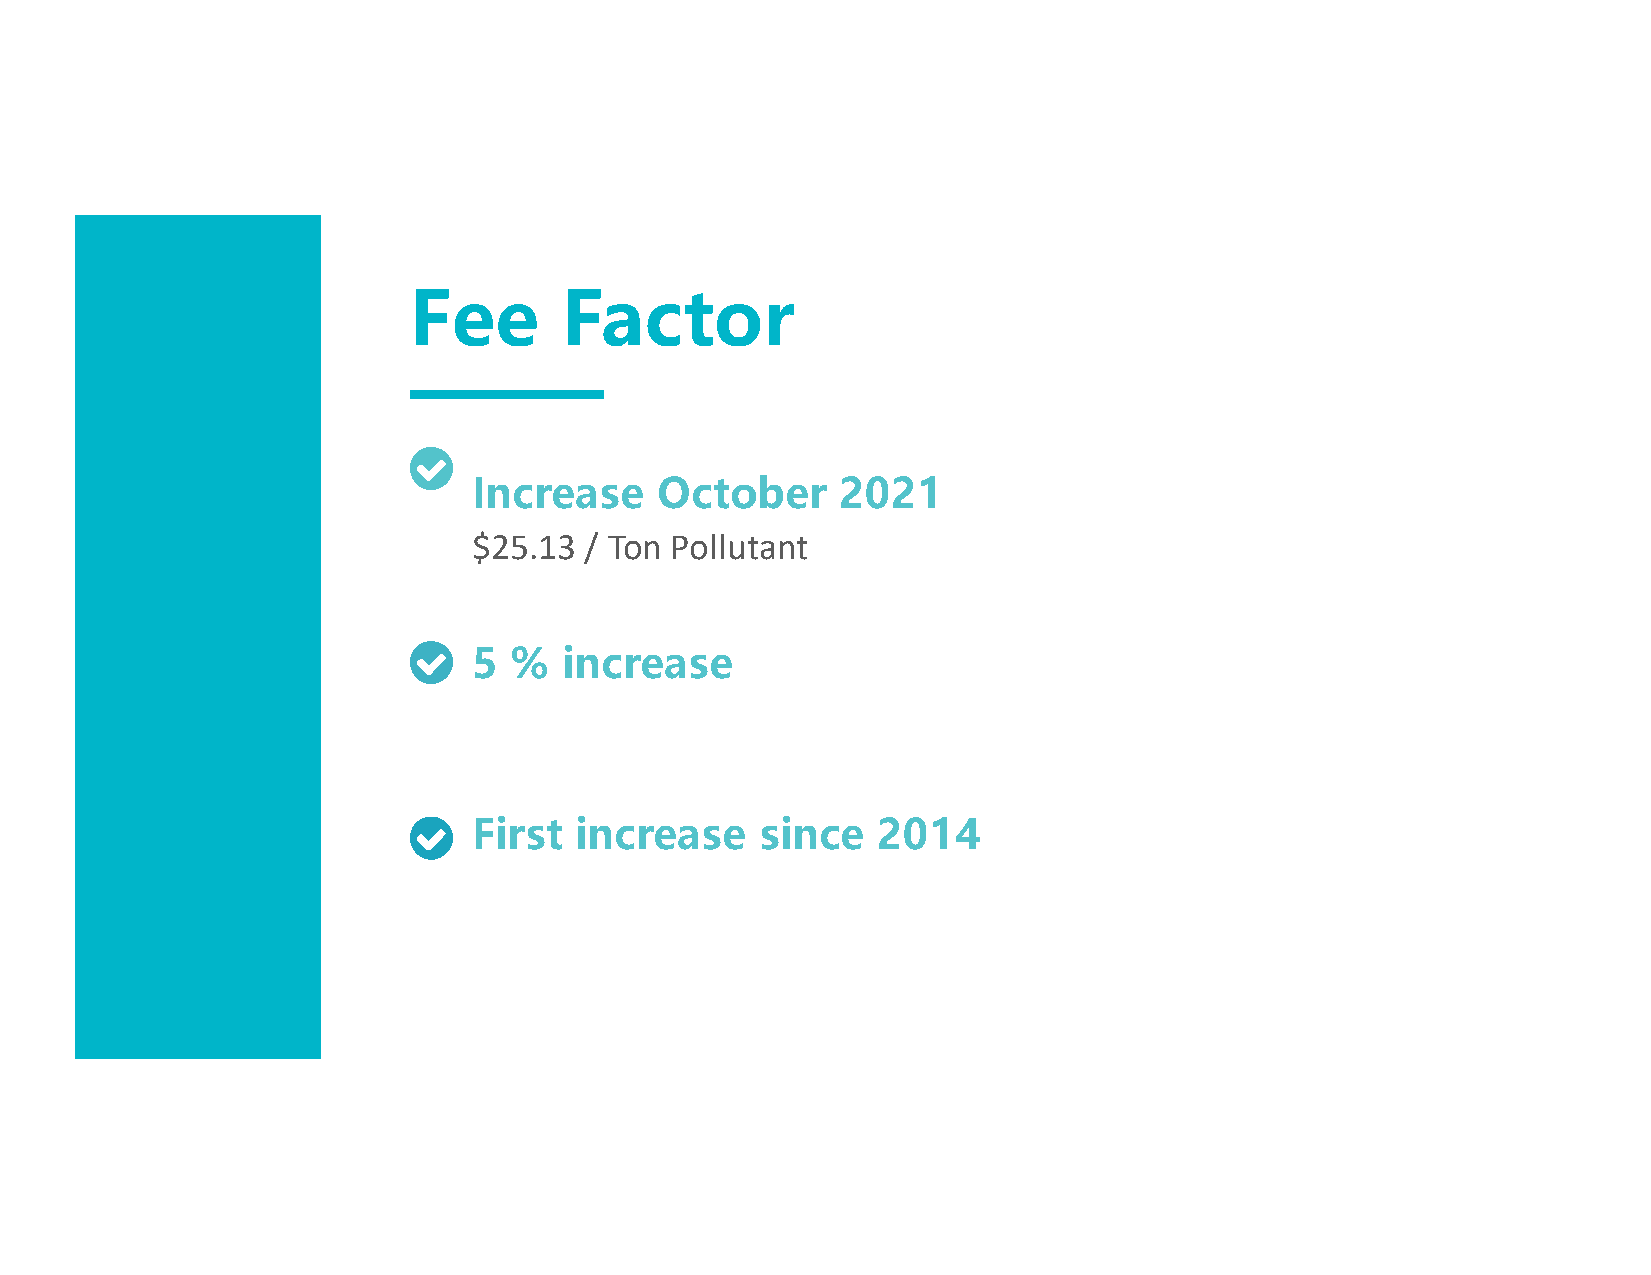
Fee       Factor
 Increase     October     2021
 $25.13  / Ton Pollutant
 5  %  increase
 First  increase    since   2014